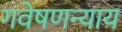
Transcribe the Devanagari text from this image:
गवेषणन्याय